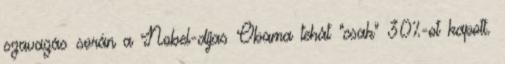
szavazás során a Nobel-díjas Obama tehát "csak" 30%-ot kapott.